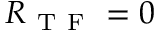
R _ { \mathrm { ~ T ~ F ~ } } = 0